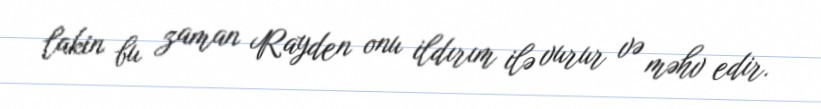
lakin bu zaman Rayden onu ildırım ilə vurur və məhv edir.